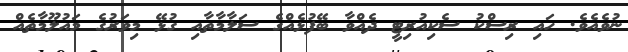
ނުވެއެވެ. ހައި ރިސްކު ސެކިއުރިޓީ ދެއްވާ ބޭފުޅެއްގެ ސަލާމާތާއި ގުޅޭ މިވަރުގެ މައުލޫމާތެއް